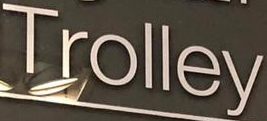
Trolley